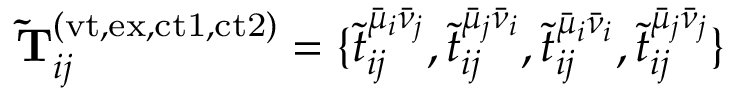
\mathbf { \widetilde { T } } _ { i j } ^ { ( \mathrm { v t , e x , c t 1 , c t 2 } ) } = \{ \tilde { t } _ { i j } ^ { \bar { \mu } _ { i } \bar { \nu } _ { j } } , \tilde { t } _ { i j } ^ { \bar { \mu } _ { j } \bar { \nu } _ { i } } , \tilde { t } _ { i j } ^ { \bar { \mu } _ { i } \bar { \nu } _ { i } } , \tilde { t } _ { i j } ^ { \bar { \mu } _ { j } \bar { \nu } _ { j } } \}